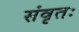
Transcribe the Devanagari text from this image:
संवृतः